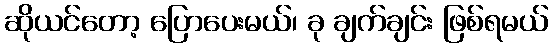
ဆိုယင်တော့ ပြောပေးမယ်၊ ခု ချက်ချင်း ဖြစ်ရမယ်